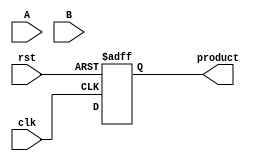
module SystolicMultiplier #(parameter M = 4, N = 4) (
    input wire clk,
    input wire rst,
    input wire [M-1:0] A, // Multiplicand
    input wire [N-1:0] B, // Multiplier
    output reg [M+N-1:0] product // Final product
);

    // Processing Elements
    reg [M-1:0] pe [0:N-1]; // Array of processing elements
    reg [M+N-1:0] partial_products [0:M-1]; // Partial product storage

    integer i, j;

    // Systolic multiplication process
    always @(posedge clk or posedge rst) begin
        if (rst) begin
            // Reset all registers
            for (i = 0; i < N; i = i + 1) begin
                pe[i] <= 0;
            end
            for (i = 0; i < M; i = i + 1) begin
                partial_products[i] <= 0;
            end
            product <= 0;
        end else begin
            // Load multiplicand and multiplier into PEs
            for (i = 0; i < N; i = i + 1) begin
                if (i < M) begin
                    pe[i] <= A; // Load A into processing elements
                end
            end
            
            // Systolic multiplication process
            for (i = 0; i < N; i = i + 1) begin
                for (j = 0; j < M; j = j + 1) begin
                    if (i + j < M + N) begin
                        // Compute partial product in each PE
                        if (i < N && j < M) begin
                            partial_products[i+j] <= partial_products[i+j] + (pe[i] & {M{B[j]}});
                        end
                    end
                end
            end

            // Accumulate the partial products into the final product
            product <= 0;
            for (i = 0; i < M + N; i = i + 1) begin
                product <= product + partial_products[i];
            end
        end
    end
endmodule